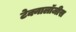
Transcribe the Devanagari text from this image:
टेक्नालॉजीस